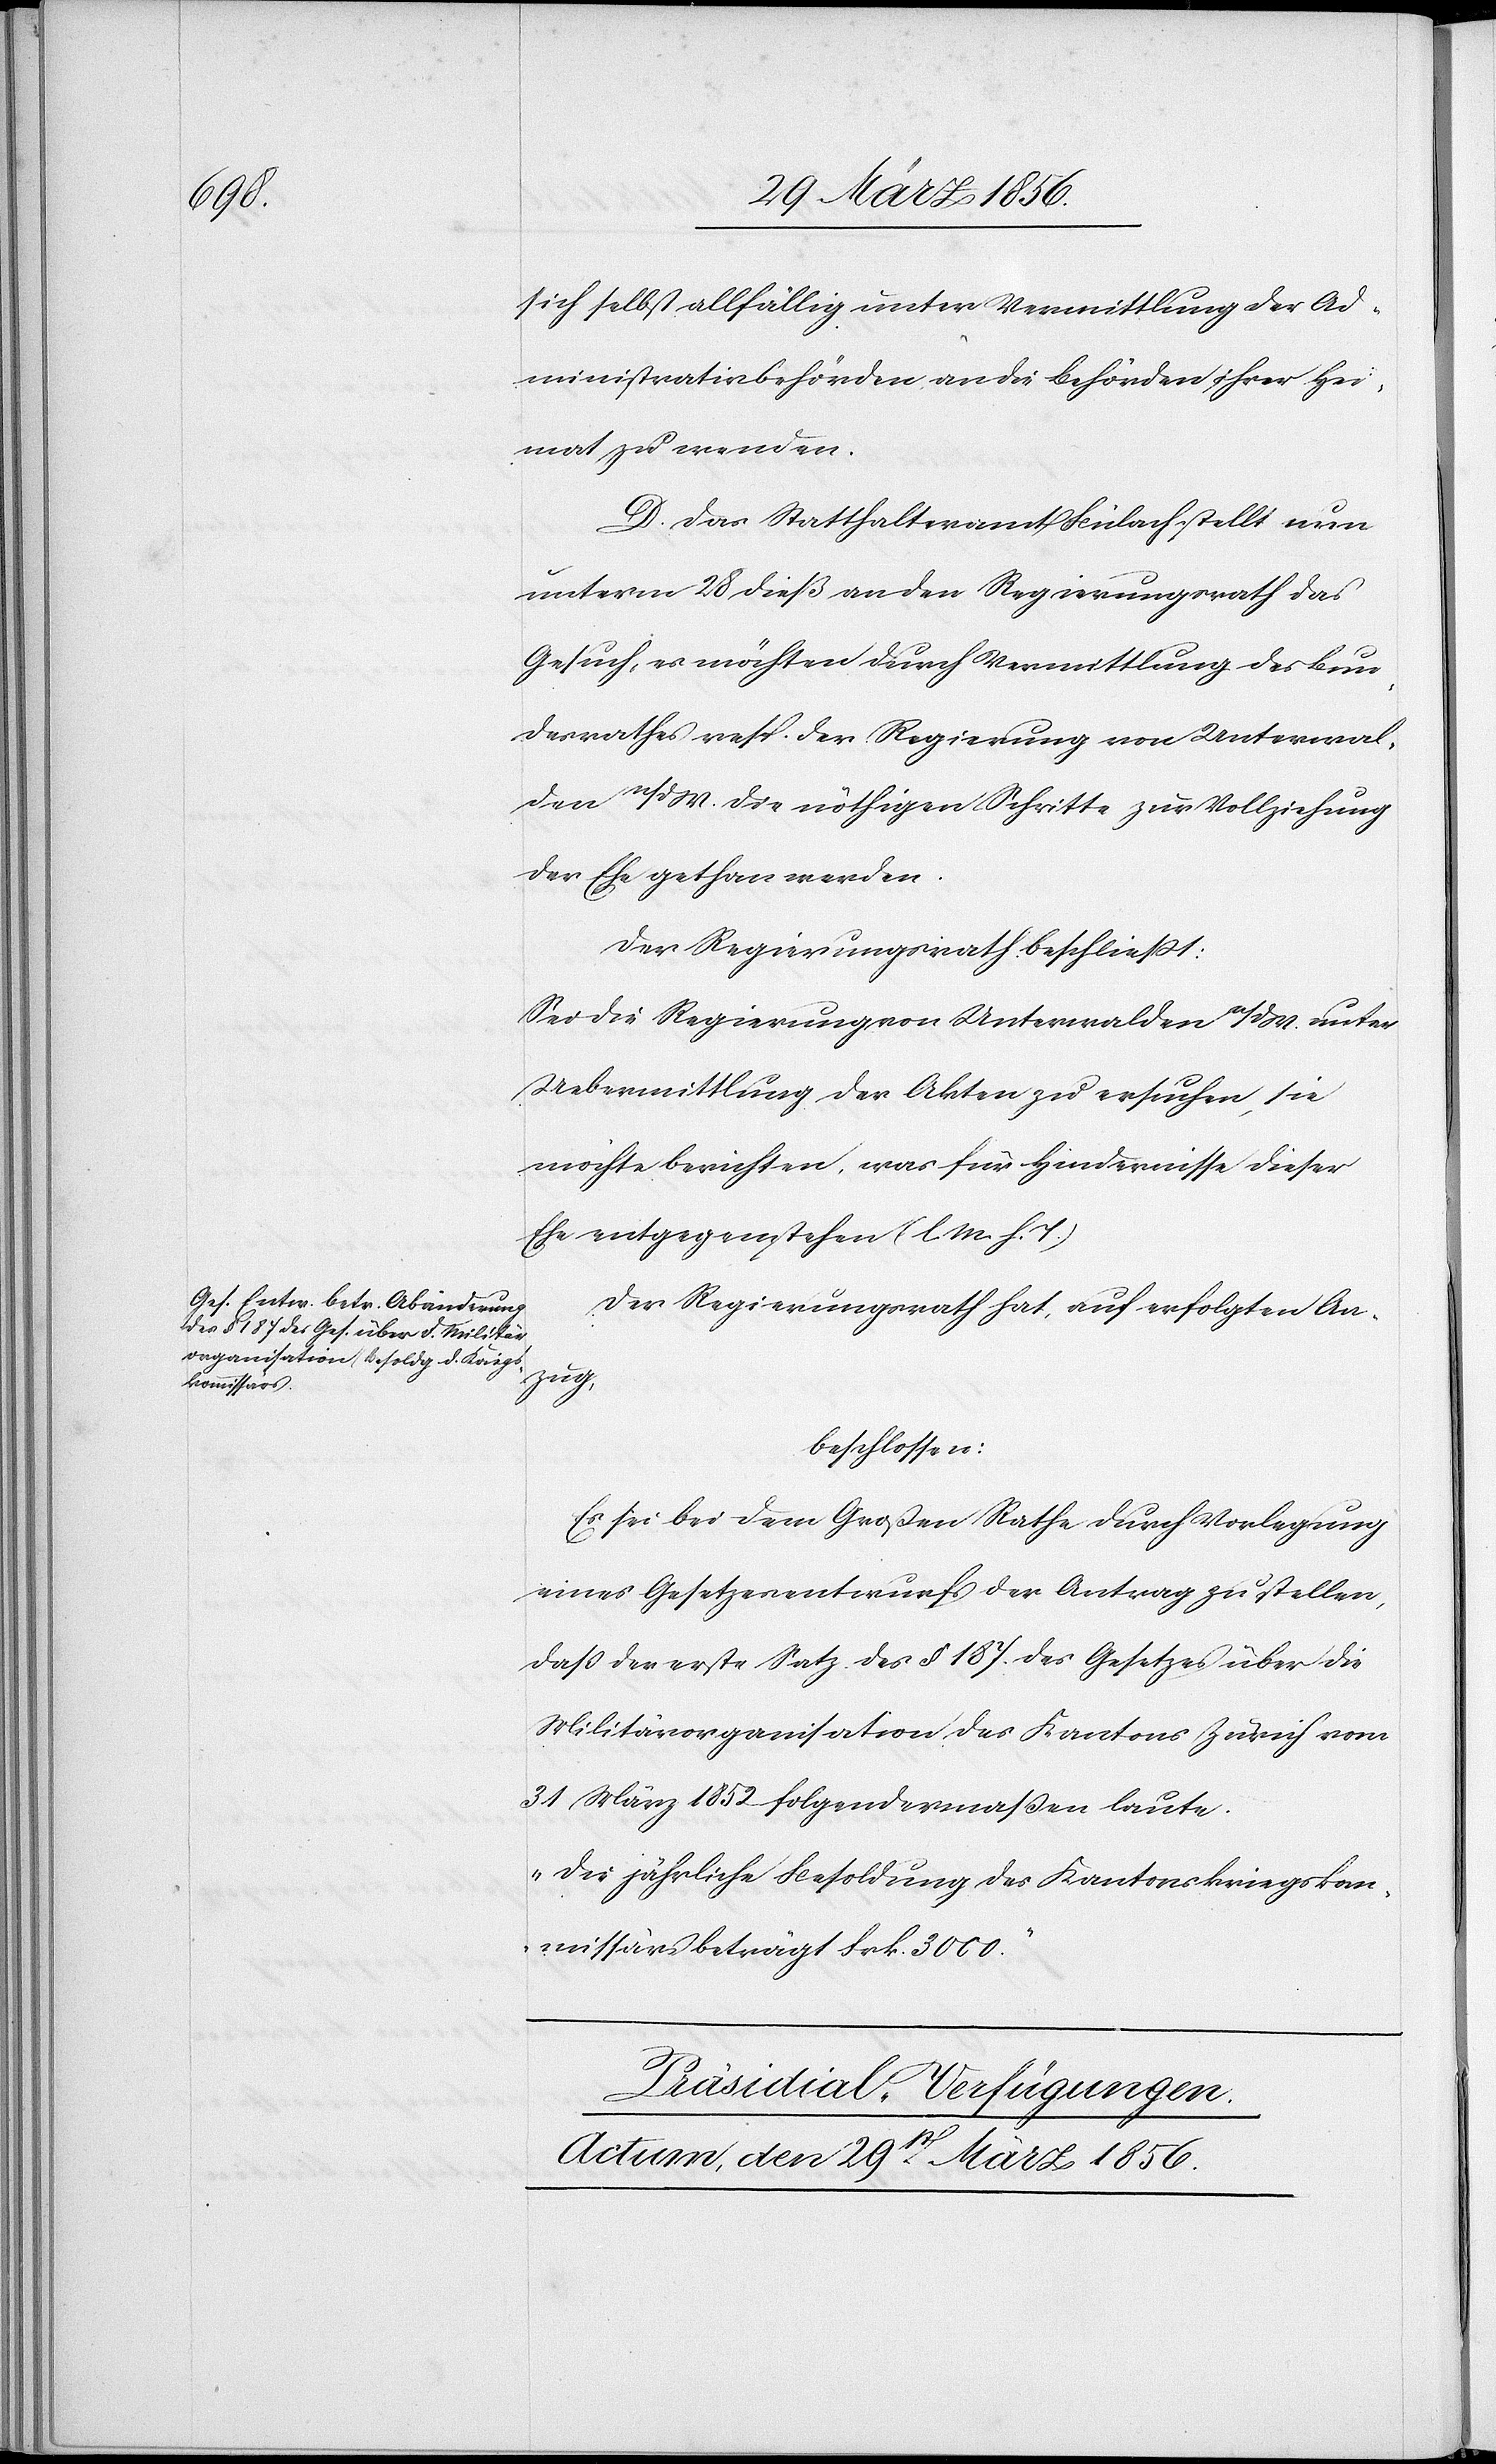
sich selbst allfällig unter Vermittlung der Ad¬
ministrativbehörden an die Behörden ihrer Hei¬
mat zu wenden.
D. Das Statthalteramt Bülach stellt nun
unterm 28 dieß an den Regierungsrath das
Gesuch, es möchten durch Vermittlung des Bun¬
desrathes resp. der Regierung von Unterwal¬
den n/dW. die nöthigen Schritte zur Vollziehung
der Ehe gethan werden.
Der Regierungsrath beschließt:
Sei die Regierung von Unterwalden n/dW. unter
Uebermittlung der Akten zu ersuchen, sie
möchte berichten, was für Hindernisse dieser
Ehe entgegenstehen (l. M. h. T.)[.]
Der Regierungsrath hat, auf erfolgten An¬
zug,
beschlossen:
Es sei bei dem Großen Rathe durch Vorlegung
eines Gesetzesentwurfs der Antrag zu stellen,
daß der erste Satz des § 187 des Gesetzes über die
Militärorganisation des Kantons Zürich vom
31 März 1852 folgendermaßen laute.
„Die jährliche Besoldung des Kantonskriegskom¬
missärs beträgt Frk. 3000.“
Präsidial-Verfügungen.
Actum, den 29st März 1856.